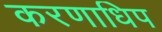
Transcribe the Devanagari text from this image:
करणाधिप